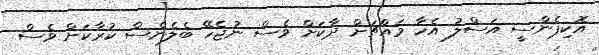
އޮކިޕެންސީ އަސްލު އެހާ މައްޗަށް ދާކަށް ވެސް ނުޖެހޭ ބެލެންސް ކުރާކަށް ވެސް